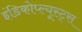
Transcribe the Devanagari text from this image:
इंडिकोप्ल्यूस्ट्स